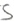
Text: S